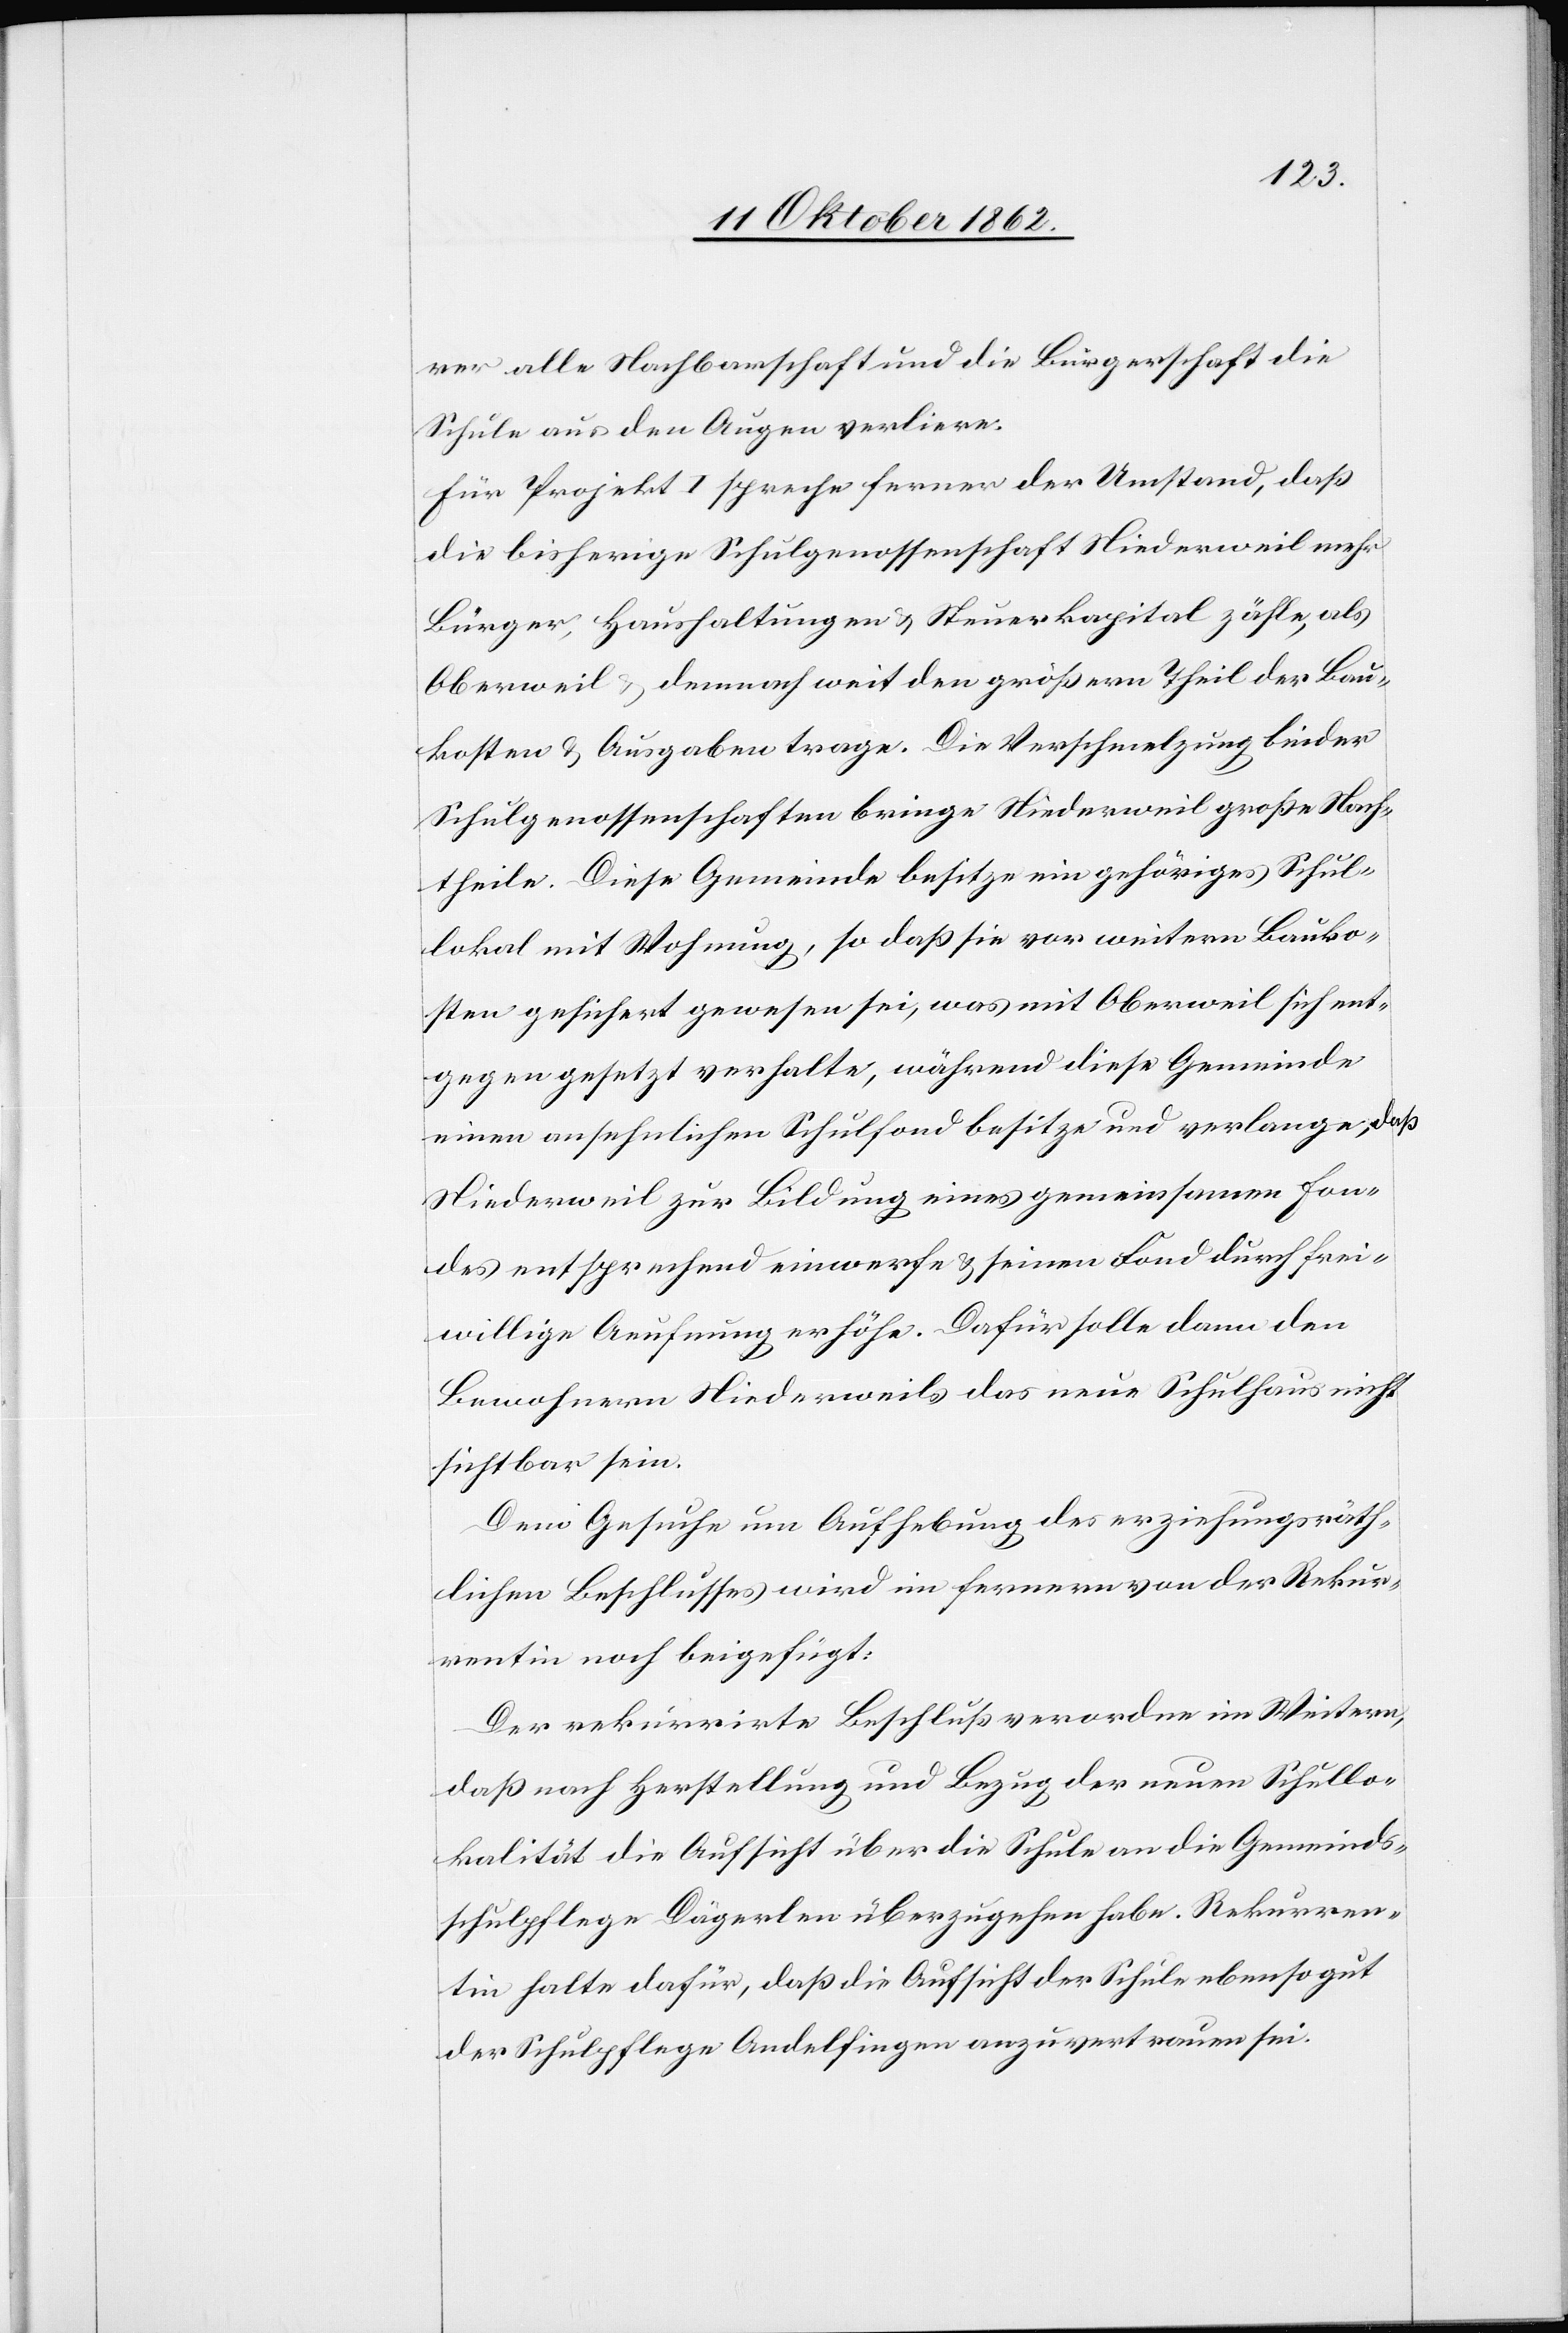
rer alle Nachbarschaft und die Bürgerschaft die
Schule aus den Augen verliere.
Für Projekt I spreche ferner der Umstand, daß
die bisherige Schulgenossenschaft Niederweil mehr
Bürger, Haushaltungen u. Steuerkapital zähle, als
Oberweil u. demnach weit den größern Theil der Bau¬
kosten u. Ausgaben trage. Die Verschmelzung beider
Schulgenossenschaften bringe Niederweil große Nach¬
theile. Diese Gemeinde besitze ein gehöriges Schul¬
lokal mit Wohnung, so daß sie vor weitern Bauko¬
sten gesichert gewesen sei, was mit Oberweil sich ent¬
gegen gesetzt verhalte, während diese Gemeinde
einen ansehnlichen Schulfond besitze und verlange, daß
Niederweil zur Bildung eines gemeinsamen Fon¬
des entsprechend einwerfe u. seinen Fond durch frei¬
willige Aeufnung erhöhe. Dafür solle dann den
Bewohnern Niederweils das neue Schulhaus nicht
sichtbar sein.
Dem Gesuche um Aufhebung des erziehungsräth¬
lichen Beschlusses wird im fernern von der Rekur¬
rentin noch beigefügt:
Der rekurrirte Beschluß verordne im Weitern,
daß nach Herstellung und Bezug der neuen Schullo¬
kalität die Aufsicht über die Schule an die Gemeinds¬
schulpflege Dägerlen überzugehen habe. Rekurren¬
tin halte dafür, daß die Aufsicht der Schule ebenso gut
der Schulpflege Andelfingen anzuvertrauen sei.